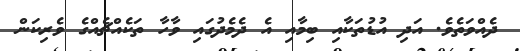
ދެއްވަތެވެ. އަދި އުޑުތަކާއި ބިމާއި އެ ދެމެދުގައި ވާހާ ތަކެއްޗެއްގެ ވެރިކަން